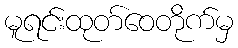
မူရင်းထုတ်ဝေတိုက်မှ